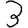
Digit: 3